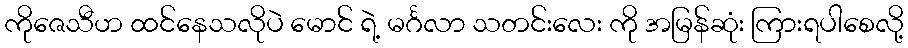
ကိုဇေသီဟ ထင်နေသလိုပဲ မောင် ရဲ့ မင်္ဂလာ သတင်းလေး ကို အမြန်ဆုံး ကြားရပါစေလို့